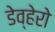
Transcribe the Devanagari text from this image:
डेव्हेरो